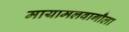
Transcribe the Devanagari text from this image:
मायामलवागौला